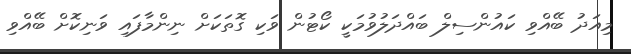
މިއަދު ބޭއްވި ކައުންސިލް ބައްދަލުވުމަކީ ކޯޓުން ވަކި ގޮތަކަށް ނިންމާފައި ވަނިކޮށް ބޭއްވި